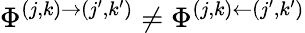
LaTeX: \Phi^{(j,k)\rightarrow(j^{\prime},k^{\prime})}\neq\Phi^{(j,k)\leftarrow(j^{\prime},k^{\prime})}